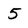
Character: 5